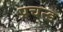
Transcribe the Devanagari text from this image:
प्रचन्ड